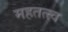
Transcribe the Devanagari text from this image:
महतत्त्व